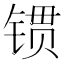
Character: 𨱌